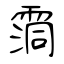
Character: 霘